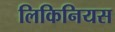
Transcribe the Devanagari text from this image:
लिकिनियस